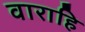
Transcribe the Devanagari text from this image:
वाराहि